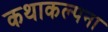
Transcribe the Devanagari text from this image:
कथाकल्पना